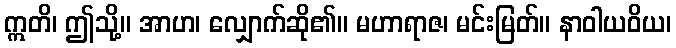
ဣတိ၊ ဤသို့။ အာဟ၊ လျှောက်ဆို၏။ မဟာရာဇ၊ မင်းမြတ်။ နာဝါယဝိယ၊